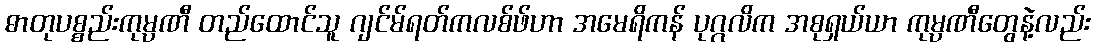
ဓာတုပစ္စည်းကုမ္ပဏီ တည်ထောင်သူ ဂျင်မ်ရတ်ကလစ်ဖ်ဟာ အမေရိကန် ပုဂ္ဂလိက အစုရှယ်ယာ ကုမ္ပဏီတွေနဲ့လည်း